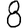
Digit: 8